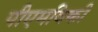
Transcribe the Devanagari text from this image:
पीएमविकी